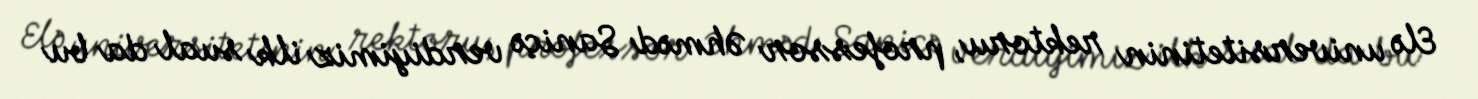
Elə universitetinin rektoru, professor Əhməd Saniçə verdiyimiz ilk sual da bu